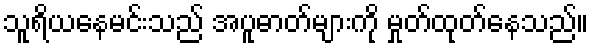
သူရိယနေမင်းသည် အပူဓာတ်များကို မှုတ်ထုတ်နေသည်။